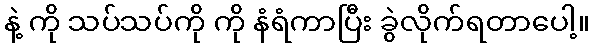
နဲ့ ကို သပ်သပ်ကို ကို နံရံကာပြီး ခွဲလိုက်ရတာပေါ့။